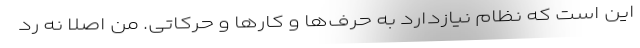
این است که نظام نیازدارد به حرف‌ها و کارها و حرکاتی. من اصلا نه رد